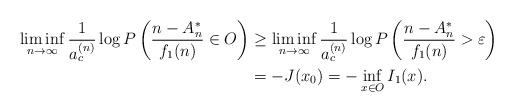
LaTeX: \begin{align*}\liminf_{n\to\infty}\frac{1}{a_c^{(n)}}\log P\left(\frac{n-A_n^*}{f_1(n)}\in O\right)&\geq\liminf_{n\to\infty}\frac{1}{a_c^{(n)}}\log P\left(\frac{n-A_n^*}{f_1(n)}>\varepsilon\right)\\&=-J(x_0)=-\inf_{x\in O}I_1(x).\end{align*}